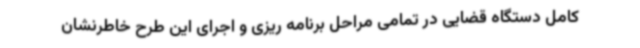
کامل دستگاه قضایی در تمامی مراحل برنامه ریزی و اجرای این طرح خاطرنشان